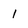
Character: 1